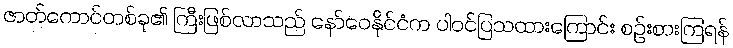
ဇာတ်ကောင်တစ်ခု၏ ကြီးဖြစ်လာသည် နော်ဝေနိုင်ငံက ပါဝင်ပြသထားကြောင်း စဉ်းစားကြရန်